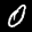
Label: 0